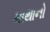
માથાનો